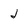
Character: j